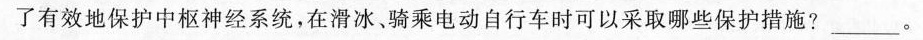
了有效地保护中枢神经系统，在滑冰、骑乘电动自行车时可以采取哪些保护措施?___。